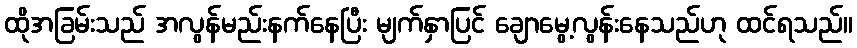
ထိုအခြမ်းသည် အလွန်မည်းနက်နေပြီး မျက်နှာပြင် ချောမွေ့လွန်းနေသည်ဟု ထင်ရသည်။